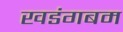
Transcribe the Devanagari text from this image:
खडंगबम